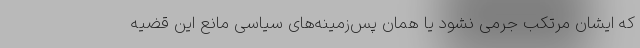
که ایشان مرتکب جرمی نشود یا همان پس‌زمینه‌های سیاسی مانع این قضیه